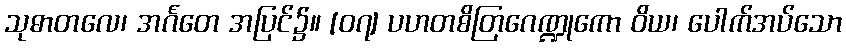
သုဓာတလေ၊ အင်္ဂတေ အပြင်၌။ [၀၇] ပဟတစိတြဂေဏ္ဍုကော ဝိယ၊ ပေါက်အပ်သော